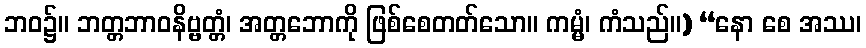
ဘဝ၌။ ဘတ္တဘာဝနိဗ္ဗတ္တံ၊ အတ္တဘောကို ဖြစ်စေတတ်သော။ ကမ္မံ၊ ကံသည်။) “နော စေ အဿ၊